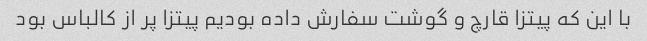
با این که پیتزا قارچ و گوشت سفارش داده بودیم پیتزا پر از کالباس بود